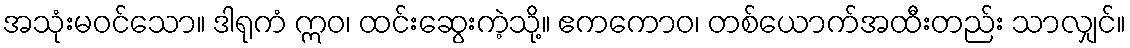
အသုံးမဝင်သော။ ဒါရုကံ ဣဝ၊ ထင်းဆွေးကဲ့သို့။ ဧကကောဝ၊ တစ်ယောက်အထီးတည်း သာလျှင်။